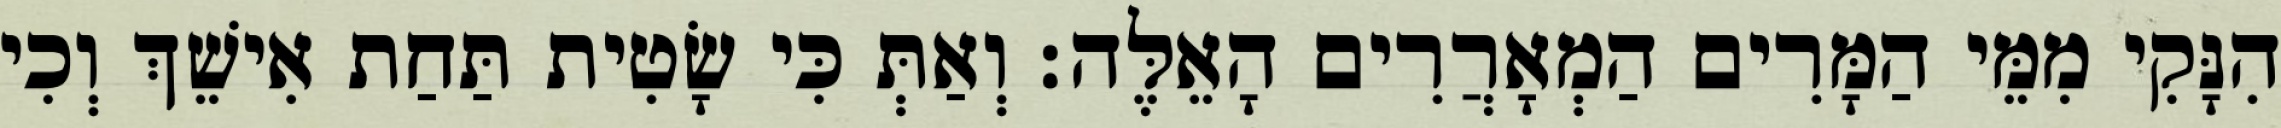
הִנָּקִי מִמֵּי הַמָּרִים הַמְאָרֲרִים הָאֵלֶּה׃ וְאַתְּ כִּי שָׂטִית תַּחַת אִישֵׁךְ וְכִי